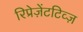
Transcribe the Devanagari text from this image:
रिप्रेज़ेंटटिव्ज़